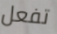
تفعل